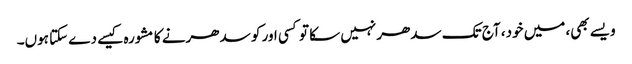
ویسے بھی، میں خود، آج تک سدھر نہیں سکا تو کسی اور کو سدھرنے کا مشورہ کیسے دے سکتا ہوں۔